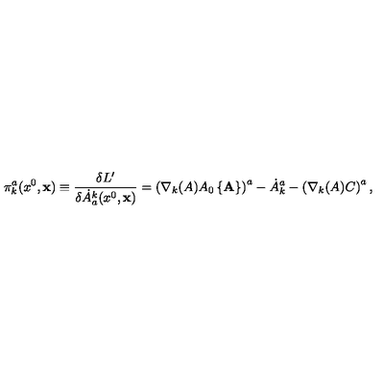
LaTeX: \pi _ { k } ^ { a } ( x ^ { 0 } , { \bf x } ) \equiv \frac { \delta L ^ { \prime } } { \delta \dot { A } _ { a } ^ { k } ( x ^ { 0 } , { \bf x } ) } = \left( \nabla _ { k } ( A ) A _ { 0 } \left\{ { \bf A } \right\} \right) ^ { a } - \dot { A } _ { k } ^ { a } - \left( \nabla _ { k } ( A ) C \right) ^ { a } ,